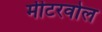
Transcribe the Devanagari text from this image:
मीटरवोल